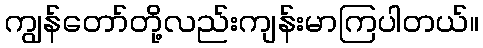
ကျွန်တော်တို့လည်းကျန်းမာကြပါတယ်။